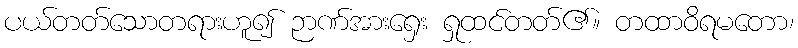
ပယ်တတ်သောတရားဟူ၍ ဉာဏ်အားရှေး ရှုထင်တတ်၏။ တထာဝိရမတော၊